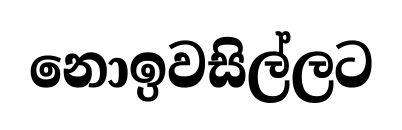
නොඉවසිල්ලට